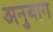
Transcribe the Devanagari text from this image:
अनुबाग